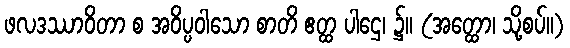
ဖလဒဿာဝိတာ စ အဝိပ္ပဝါသော စာတိ ဧတ္ထ ပါဌေ၊ ၌။ (အတ္ထော၊ သို့စပ်။)